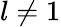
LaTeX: l\neq 1